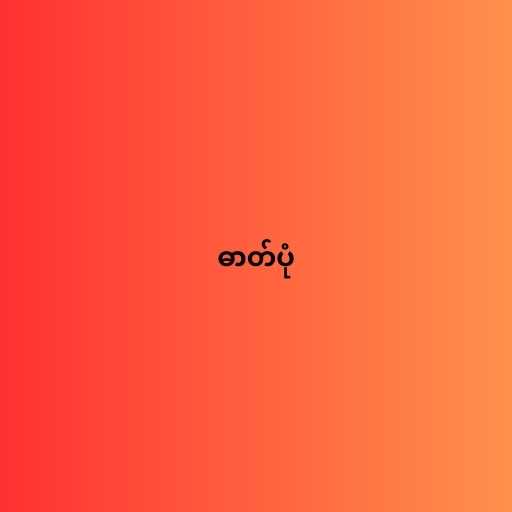
ဓာတ်ပုံ